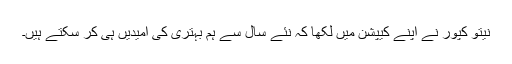
نیتو کپور نے اپنے کیپشن میں لکھا کہ نئے سال سے ہم بہتری کی امیدیں ہی کر سکتے ہیں۔